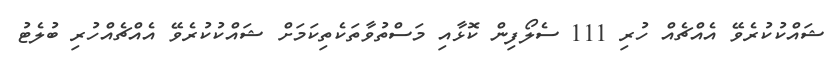
ޝައްކުކުރެވޭ އެއްޗެއް ހުރި 111 ސެލޯފިން ކޮޅާއި މަސްތުވާތަކެތިކަމަށް ޝައްކުކުރެވޭ އެއްޗެއްހުރި ބުލެޓު